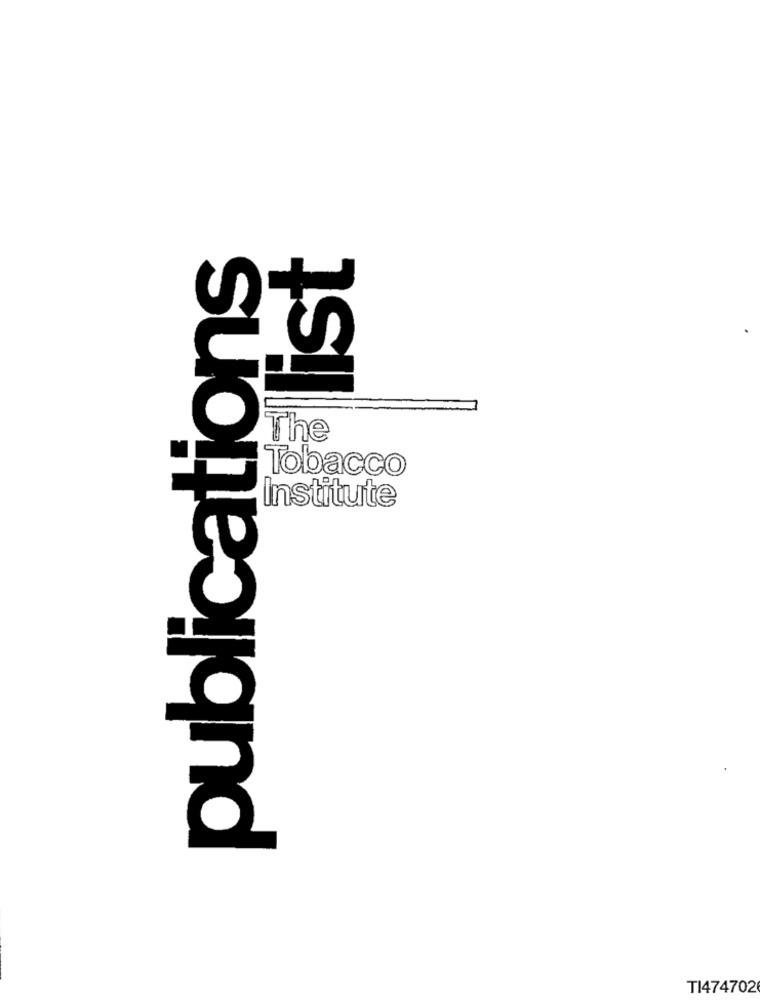
publications
list
The
Tobacco
Institute
TI474702